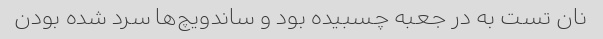
نان تست به در جعبه چسبیده بود و ساندویچ‌ها سرد شده بودن